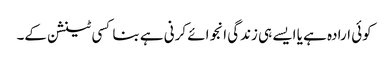
کوئی ارادہ ہے یا ایسے ہی زندگی انجوائے کرنی ہے بنا کسی ٹینشن کے۔